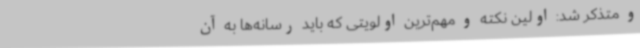
و متذکر شد: اولین نکته و مهم‌ترین اولویتی که باید رسانه‌ها به آن